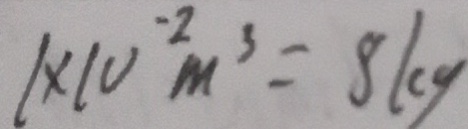
1 \times 1 0 ^ { - 2 } m ^ { 3 } = 8 k g